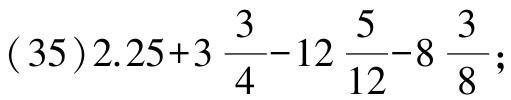
\((35)2.25 + 3\frac{3}{4}-12\frac{5}{12}-8\frac{3}{8};\)